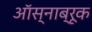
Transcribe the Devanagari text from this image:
ऑस्नाब्रूक